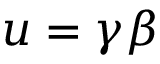
u = \gamma \beta